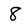
Character: 8